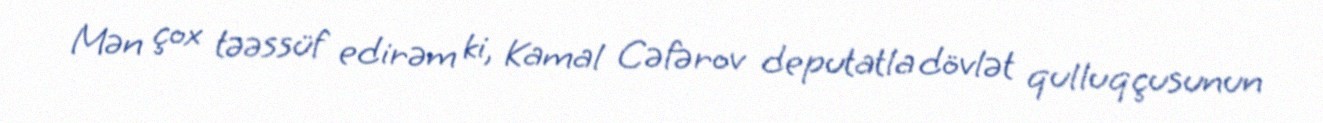
Mən çox təəssüf edirəm ki, Kamal Cəfərov deputatla dövlət qulluqçusunun